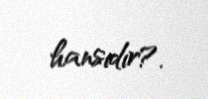
hansıdır?.